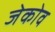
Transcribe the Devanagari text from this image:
जेकोव